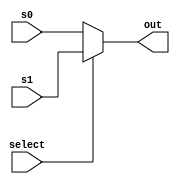
`timescale 1ns / 1ps
//////////////////////////////////////////////////////////////////////////////////
// Company: 
// Engineer: 
// 
// Design Name: 
// Module Name: Structure
// Project Name: 
// Target Devices: 
// Tool Versions: 
// Description: 
// 
// Dependencies: 
// 
// Revision:
// Revision 0.01 - File Created
// Additional Comments:
// 
//////////////////////////////////////////////////////////////////////////////////


module mux(select, s0, s1, out);
    parameter N = 1;
    input select;
    input [N-1:0] s0, s1;
    output reg [N-1:0] out;

    always @ * begin
        if (select == 1) out = s1;
        else out = s0;
    end

endmodule


module mux3(select, s0, s1, s2, out);
    parameter N = 1;
    input [1:0] select;
    input [N-1:0] s0, s1, s2;
    output reg [N-1:0] out;

    always @ * begin
        if (select == 2'b01) out = s1;
        else if (select == 2'b10) out = s2;
        else out = s0;
    end

endmodule


module adder(a, b, s);
    parameter N = 1;
    input [N-1:0] a, b;
    output reg [N-1:0] s;
    //assign s = a + b;

    always @ * begin
    	s = a + b;
    end
endmodule


module compare(a, b, s);
    parameter N = 1;
    input [N-1:0] a, b;
    output s;
    assign s = (a == b);
endmodule

module sl2(a, s);  // this module can only shift 32 bits left two bits
    input [31:0] a;
    output [31:0] s;
    assign s[31:2] = a[29:0];
    assign s[1:0]  = 2'b0;
endmodule

module sl26(a, s);  // this module can only shift 32 bits left two bits
    input [25:0] a;
    output [27:0] s;
    assign s[27:2] = a[25:0];
    assign s[1:0]  = 2'b0;
endmodule

module Branch(
    input [1:0] bch,
    input eq,
    output PCSrc);
    assign PCSrc = (bch[1] & (~bch[0]) & eq) | (bch[1] & bch[0] & (~eq));
endmodule

module Control(
    input [5:0] opcode,
    output jump,
    output [1:0] branch,
    output [7:0] idexControl
    );

    assign jump = opcode[1] & (~opcode[0]);
    assign branch[1] = (~opcode[3]) & opcode[2];
    assign branch[0] = opcode[0];
    assign idexControl[7] = (opcode==0) ||(opcode[5]!=opcode[3]);
    //~(opcode[5] & opcode[3]);
    assign idexControl[6] = opcode[5] & (~opcode[3]);
    assign idexControl[5] = opcode[5] & (~opcode[3]);
    assign idexControl[4] = opcode[5] & opcode[3];
    assign idexControl[3] = opcode[5] | opcode[3];
    assign idexControl[2] = ~(opcode[2] | opcode[0]);
    assign idexControl[1] = (~opcode[5]) & opcode[3];
    assign idexControl[0] = ~(|opcode[3:1]);
endmodule


module ALU(
    input [31:0] a, b,
    input [3:0] ALUctrl,
    output reg [31:0] s
    );

    always @ * begin
        case (ALUctrl)
            4'b0000: s = a & b;
            4'b0001: s = a | b;
            4'b0010: s = a + b;
            4'b0110: s = a - b;
            4'b0111: s = (a<b);
            4'b1100: s = ~(a|b);
            default: s = 4'b0;
        endcase
    end
    
endmodule

module SignExtension(
    input [15:0] Immin,
    output [31:0] Immout 
    );
    
    assign Immout[16] = Immin[15]; assign Immout[17] = Immin[15]; 
    assign Immout[18] = Immin[15]; assign Immout[19] = Immin[15]; 
    assign Immout[20] = Immin[15]; assign Immout[21] = Immin[15];
    assign Immout[22] = Immin[15]; assign Immout[23] = Immin[15]; 
    assign Immout[24] = Immin[15]; assign Immout[25] = Immin[15];
    assign Immout[26] = Immin[15]; assign Immout[27] = Immin[15];
    assign Immout[28] = Immin[15]; assign Immout[29] = Immin[15]; 
    assign Immout[30] = Immin[15]; assign Immout[31] = Immin[15];
    assign Immout[15:0] = Immin;
    
endmodule

module ALUControl(
    input [5:0] funct,
    input [1:0] ALUop,
    output [3:0] ALUctrl
    );

    assign ALUctrl[3] = 0;
    assign ALUctrl[2] = (ALUop == 2'b10) && (funct[1:0] == 2'b10);
    assign ALUctrl[1] = (ALUop[1]==ALUop[0])||((ALUop==2'b10)&&(funct[2]==0));
    assign ALUctrl[0] = (ALUop==2'b10)&&((funct[3]==1)||funct[0]==1);

endmodule


module ExForward(  // ignore lw-sw hazard
    input exmemRegWrite, memwbRegWrite,
    input [4:0] idexRs, idexRt, exmemRd, memwbRd,
    output reg [1:0] forwardA, forwardB
    );
    always @ * begin
        forwardA = 2'b0;
        forwardB = 2'b0;
        if ((exmemRegWrite==1) && (exmemRd!=0) && (exmemRd == idexRs))
            forwardA = 2'b10;  // EX hazard
        if ((exmemRegWrite==1) & (exmemRd!=0) && (exmemRd == idexRt))
            forwardB = 2'b10;  // EX hazard
        if ((memwbRegWrite==1) && (memwbRd!=0) && (memwbRd == idexRs) && 
        ~((exmemRegWrite) && (exmemRd!=0) && (exmemRd == idexRs)))
            forwardA = 2'b01;  // MEM hazard
        if ((memwbRegWrite==1) && (memwbRd!=0) && (memwbRd == idexRt) && 
        ~((exmemRegWrite) && (exmemRd!=0) && (exmemRd == idexRt)))
            forwardB = 2'b01;  // MEM hazard       
    end
    
endmodule



module ID_forward( 
    input ifBch, idexRegWrite, exmemRegWrite, idexMemRead, exmemMemRead,
    input [4:0] ifidRs, ifidRt, idexRd, exmemRd,
    output reg sA, sB
    ); // ifBch detect need of branch comparison, from ctrl branch[1]
    always @ * begin
        sA = 0; 
        sB = 0;
        if (ifBch) begin
        if ((exmemRegWrite) && (exmemRd!=0) && (!exmemMemRead) && (exmemRd==ifidRs))
            sA = 1; // exmem_ALUResult
        if ((exmemRegWrite) && (exmemRd!=0) && (!exmemMemRead) && (exmemRd==ifidRt))
            sB = 1; // exmem_ALUResult
        end     
    end
endmodule


module LoadUse(
    input ALUSrc, ifJ, ifBch, idexRegWrite, idexMemRead, exmemMemRead,
    input [4:0] ifidRs, ifidRt, idexRt, idexRd, exmemRd,
    output reg ifidWrite, PCWrite, ctrlSelect
    );
    
    initial begin
        ifidWrite = 1;
        PCWrite = 1;
        ctrlSelect = 1;
    end
    
    always @ * begin
        ifidWrite = 1;
        PCWrite = 1;
        ctrlSelect  = 1;

        if (!ifJ) begin   
            if ((idexMemRead)&& ((idexRt==ifidRt)||(idexRt==ifidRs)) ) begin
                ifidWrite = 0;
                PCWrite = 0;
                ctrlSelect = 0;  // common load-use hazard
            end
            if ((ifBch)&&(idexRegWrite)&&(idexRd!=0)) begin
                if (((ALUSrc==1) && ((idexRd==ifidRt)||(idexRd==ifidRs)))||
                ((ALUSrc==0)&& ((idexRt==ifidRt)||(idexRt==ifidRs)))) begin
                    ifidWrite = 0;
                    PCWrite = 0;
                    ctrlSelect = 0;  // stall for R-type or I-type + branch 
                end                 
            end
            if ((ifBch)&&(exmemMemRead)&&((exmemRd==ifidRt)||(exmemRd==ifidRs))) begin
                ifidWrite = 0;
                PCWrite = 0;
                ctrlSelect  = 0;  // second stall for lw + branch
            end
        end

    end

endmodule